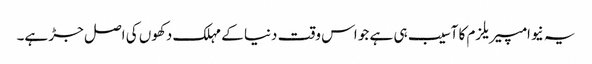
یہ نیوامپیریلزم کا آسیب ہی ہے جو اس وقت دنیا کے مہلک دکھوں کی اصل جڑ ہے۔